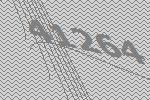
41264